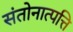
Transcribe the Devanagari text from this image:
संतोनात्पत्ति